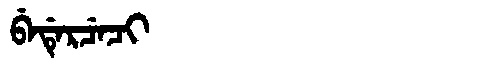
Manchu: ᠪᡝᡩᡝᡵᠴᡝᠴᡳ
Romanization: BEDERCECI